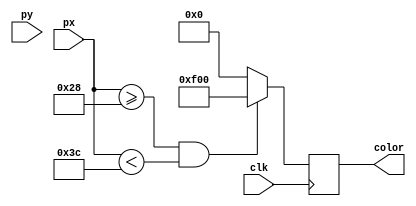
module Pixels_to_Color(
	input						clk,
	input			[9:0]		px,
	input			[9:0]		py,
	output reg	[11:0]	color
);

always @(posedge clk) begin
	if (px >= 40 && px < 60) begin
		color <= 12'b111100000000;
	end else begin
		color <= 0;
	end
end

endmodule